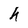
Character: h